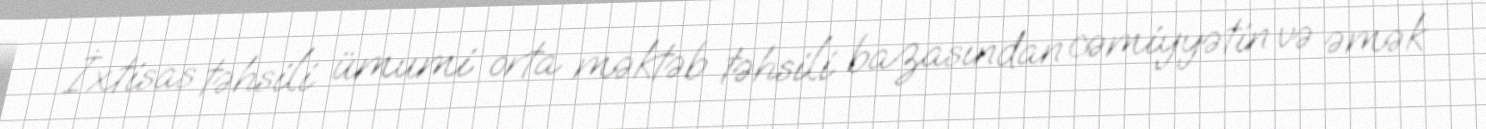
İxtisas təhsili ümumi orta məktəb təhsili bazasından cəmiyyətin və əmək